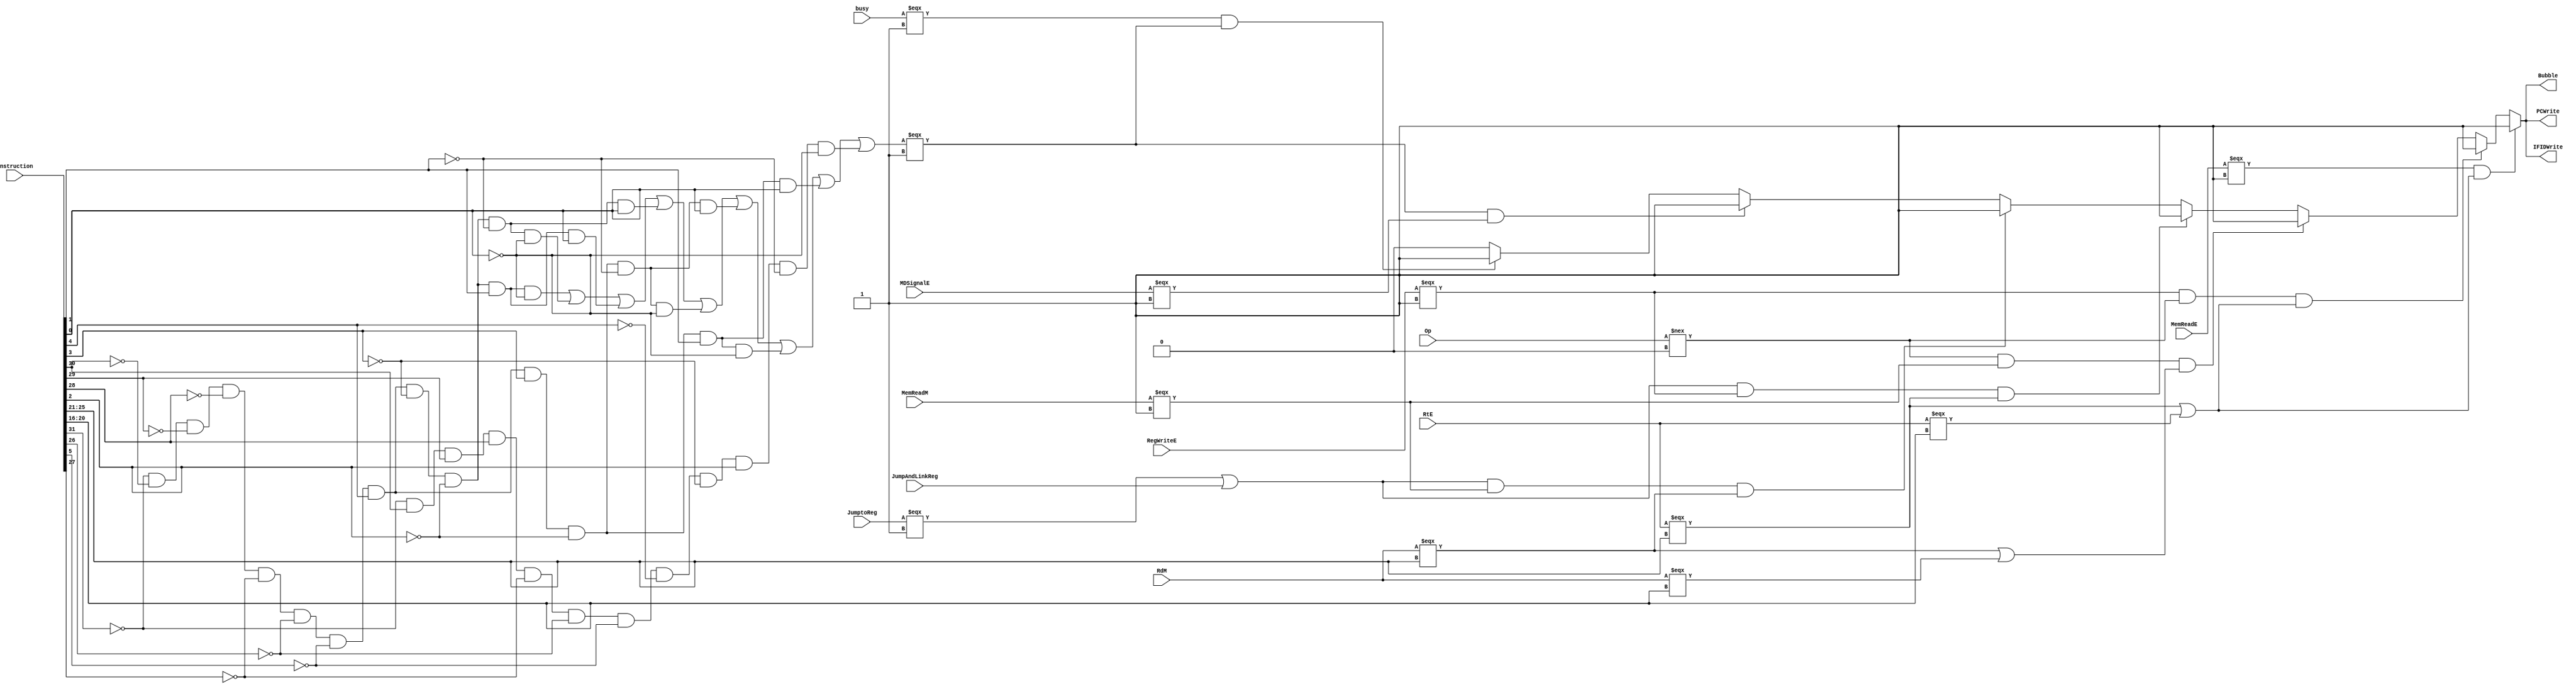
`timescale 1ns / 1ps
//////////////////////////////////////////////////////////////////////////////////
// Company: 
// Engineer: 
// 
// Design Name: 
// Module Name:    Hazard 
// Project Name: 
// Target Devices: 
// Tool versions: 
// Description: 
//
// Dependencies: 
//
// Revision: 
// Revision 0.01 - File Created
// Additional Comments: 
//
//////////////////////////////////////////////////////////////////////////////////
module HSU(
	input [31:0]Instruction,
	input [4:0]RtE,
	input [4:0]RdM,
	input [2:0]Op,
	input JumptoReg,
	input JumpAndLinkReg,
	input MemReadE,
	input MemReadM,
	input RegWriteE,
	input busy,
	input MDSignalE,
	//
	output IFIDWrite,
	output PCWrite,
	output Bubble//
    );
	 wire [4:0]RsD = Instruction[25:21];
	 wire [4:0]RtD = Instruction[20:16];
	 wire Pause, MDSignal;
	 //
	wire [5:0]func,op;
	wire mflo, mfhi, mtlo, mthi, mult, multu, div, divu, msub;
	assign func = Instruction[5:0];
	assign op = Instruction[31:26];
	assign mfhi = (~op[5] & ~op[4] & ~op[3] & ~op[2] & ~op[1] & ~op[0] & ~func[5] & func[4] & ~func[3] & ~func[2] & ~func[1] & ~func[0]);
	assign mflo = (~op[5] & ~op[4] & ~op[3] & ~op[2] & ~op[1] & ~op[0] & ~func[5] & func[4] & ~func[3] & ~func[2] & func[1] & ~func[0]);
	assign mthi = (~op[5] & ~op[4] & ~op[3] & ~op[2] & ~op[1] & ~op[0] & ~func[5] & func[4] & ~func[3] & ~func[2] & ~func[1] & func[0]);
	assign mtlo = (~op[5] & ~op[4] & ~op[3] & ~op[2] & ~op[1] & ~op[0] & ~func[5] & func[4] & ~func[3] & ~func[2] & func[1] & func[0]);
	assign mult = (~op[5] & ~op[4] & ~op[3] & ~op[2] & ~op[1] & ~op[0] & ~func[5] & func[4] & func[3] & ~func[2] & ~func[1] & ~func[0]);
	assign multu = (~op[5] & ~op[4] & ~op[3] & ~op[2] & ~op[1] & ~op[0] & ~func[5] & func[4] & func[3] & ~func[2] & ~func[1] & func[0]);
	assign div = (~op[5] & ~op[4] & ~op[3] & ~op[2] & ~op[1] & ~op[0] & ~func[5] & func[4] & func[3] & ~func[2] & func[1] & ~func[0]);
	assign divu = (~op[5] & ~op[4] & ~op[3] & ~op[2] & ~op[1] & ~op[0] & ~func[5] & func[4] & func[3] & ~func[2] & func[1] & func[0]);
	assign msub = (~op[5] & op[4] & op[3] & op[2] & ~op[1] & ~op[0] & ~func[5] & ~func[4] & ~func[3] & func[2] & ~func[1] & ~func[0]);
	assign MDSignal = mflo | mfhi | mtlo | mthi | mult | multu | div | divu | msub; 
	//
	 assign Pause = ((/*RegWriteE === 1||*/MemReadE === 1 /*|| MemReadM === 1*/) && ((RtE === RsD) || (RtE === RtD))) ? 1 : //
								(RegWriteE === 1 && Op !== 0 && (RtE === RsD || RtE === RtD)) ? 1 : //b
								(Op !== 0 && MemReadM === 1 && ((RdM === RsD) || (RdM === RtD))) ? 1 ://b
								((JumptoReg === 1 || JumpAndLinkReg) && RegWriteE === 1 && RtE === RsD) ? 1 ://jr 
								((JumptoReg === 1 || JumpAndLinkReg)&& MemReadM === 1 && RdM === RsD) ? 1 ://jr
								//
								(MDSignal === 1 && MDSignalE === 1) ? 1 :
								(busy === 1 && MDSignal === 1) ? 1 : 
								0;
	 assign IFIDWrite = Pause;
	 assign PCWrite = Pause;
	 assign Bubble = Pause;
endmodule